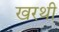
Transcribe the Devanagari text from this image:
खरथी